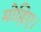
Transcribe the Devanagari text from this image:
मोड़िए।